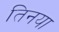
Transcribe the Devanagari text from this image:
तिनया